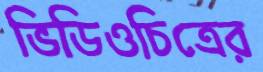
ভিডিওচিত্রের